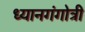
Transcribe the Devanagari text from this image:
ध्यानगंगोत्री